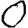
Digit: 0